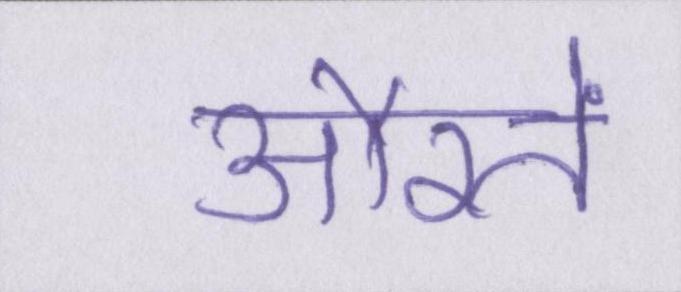
औरतें